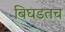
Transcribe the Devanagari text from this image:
बिघडतच